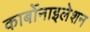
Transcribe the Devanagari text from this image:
कार्बोनाइलेशन